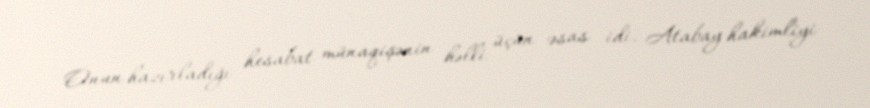
Onun hazırladığı hesabat münaqişənin həlli üçün əsas idi. Atabay hakimliyi